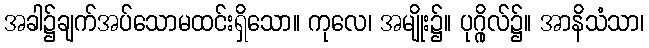
အခါ၌ချက်အပ်သောမထင်းရှိသော။ ကုလေ၊ အမျိုး၌။ ပုဂ္ဂိုလ်၌။ အာနိသံသာ၊